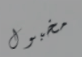
مخبول